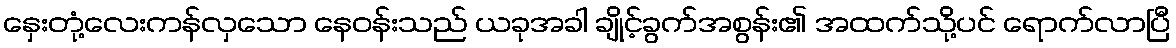
နှေးတုံ့လေးကန်လှသော နေဝန်းသည် ယခုအခါ ချိုင့်ခွက်အစွန်း၏ အထက်သို့ပင် ရောက်လာပြီ